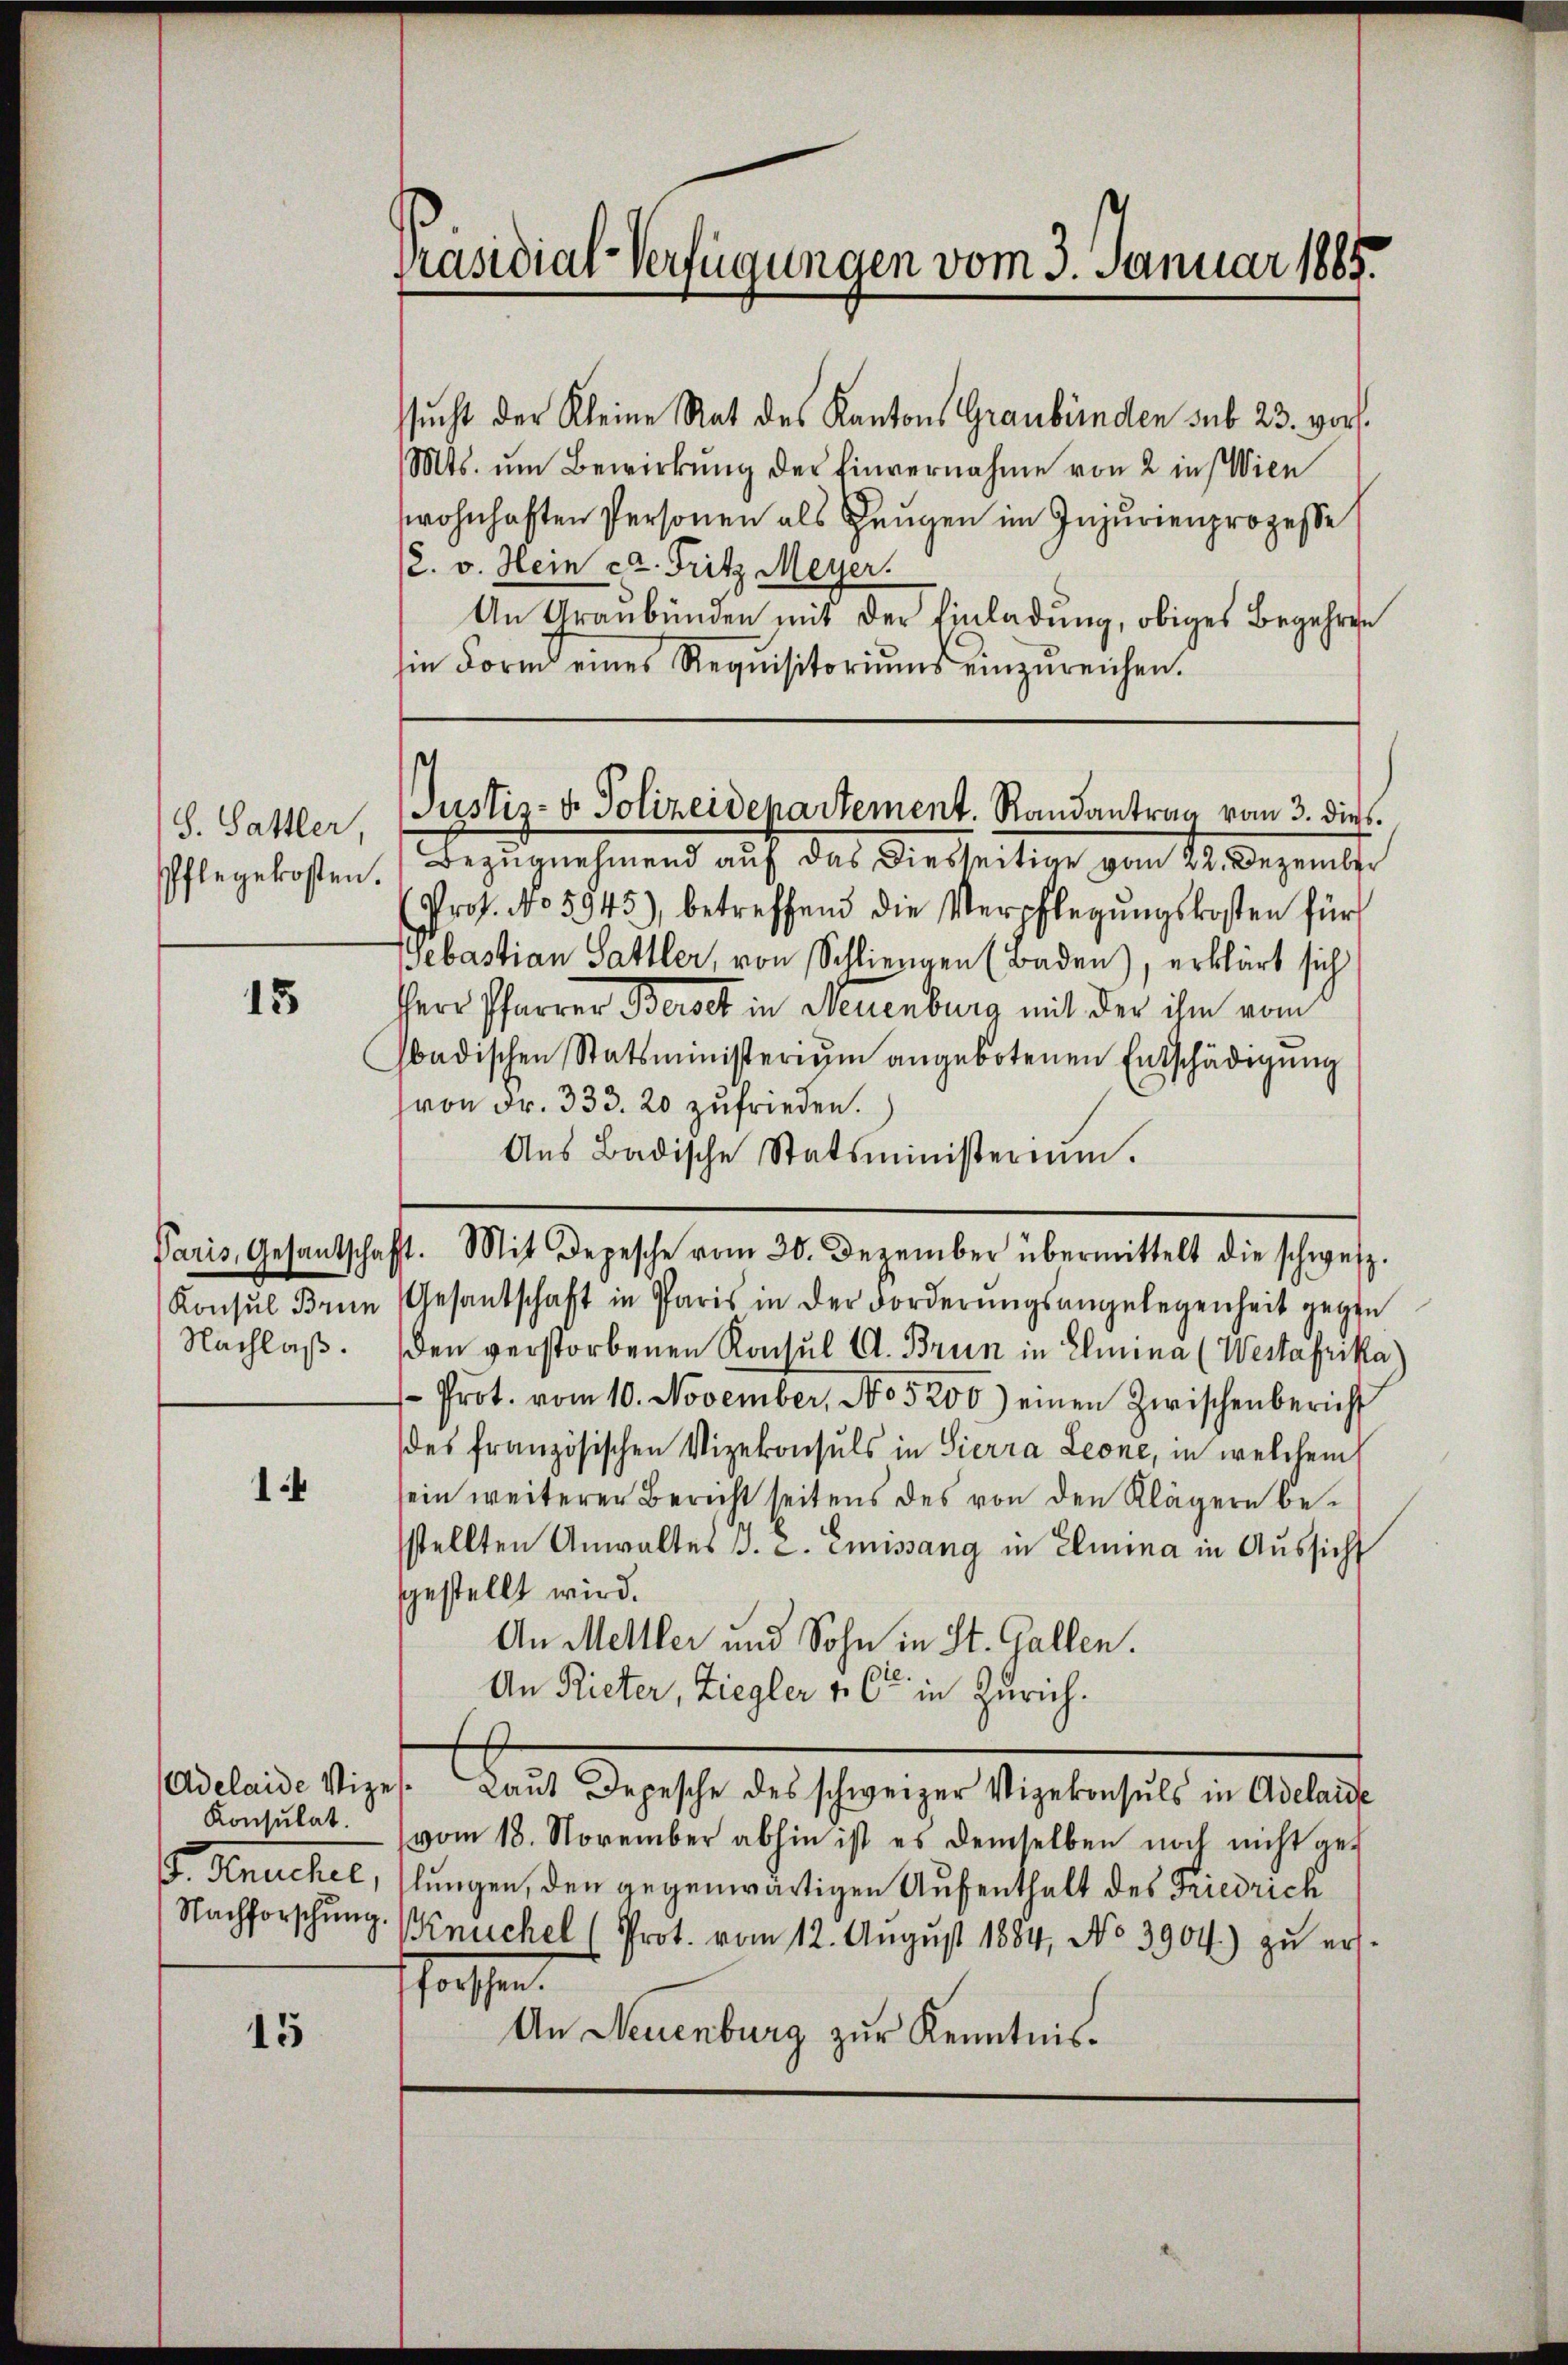
S. Sattler,

15

Nachlaß.

14

Konsulat.

15

Präsidial-Verfügungen vom 3. Januar 1885.

ssucht der Kleine Rat des Kantons Graubünden sub 23. vors
Mts. ŭm Bewirkŭng der Einvernahme von 2 in Wien
wohnhaften Personen als Zeugen im Injurienprozesse
(2. v. Hein ca. Fritz Meyer.
An Graubünden mit der Einladung, obiges Begehren
sin Form eines Requisitoriums einzureichen.
Pflegekosten. Bezugnahmend auf das Diesseitige von 22. Dezember
(Prof. No 5945), betreffend die Verpflegŭngskosten für
Gebastian Sattler, von Schliengen (Baden), erklärt sich
Herr Pfarrer Berst in Neuenburg mit der ihm vom
hbadischen Statsministerium angebotenen Entschädigung
von Fr. 333. 20 zufrieden.
Aus Badische Statsministerium.
Paris, Gesantschaft. Mit Depesche vom 30. Dezember übermittelt die schweiz.
Konsul Bren Gesantschaft in Paris in der Forderŭngsangelegenheit gegen
den verstorbenen Konsul Cl. Brun in Elmina (Westafrika
-Prot. vom 10. November, No 5200) einen Zwischenbericht
des französischen Vizekonsuls in Sierra Leone, in welchem
sein weiterer Bericht seitens des von den Klägern bestellten Anwaltes J. C. Emissang in Elmina in Aussicht
sgestellt wird.
An Melller und Sohn in St. Gallen.
An Rieter, Ziegler & Cie in Zürich.
Adelaide Vizes. Laŭt Depesche des schweizer Vizekonsuls in Adelaide
vom 18. November abhin ist es demselben noch nicht ge¬
. Knuchel, slungen, den gegenwärtigen Aufenthalt des Friedrich
Nachforschung. Keuchel (Prot. vom 12. August 1884, No 3904) zu ersstroffen.
An Neuenburg zur Kenntnis¬

s
Justiz- & Polizeidepartement. Randantrag vom 3. dies